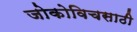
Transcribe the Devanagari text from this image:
जोकोविचसाठी